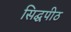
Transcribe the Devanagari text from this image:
सिद्घपीठ